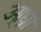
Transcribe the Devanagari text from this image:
आ्ध्रा